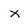
Character: x